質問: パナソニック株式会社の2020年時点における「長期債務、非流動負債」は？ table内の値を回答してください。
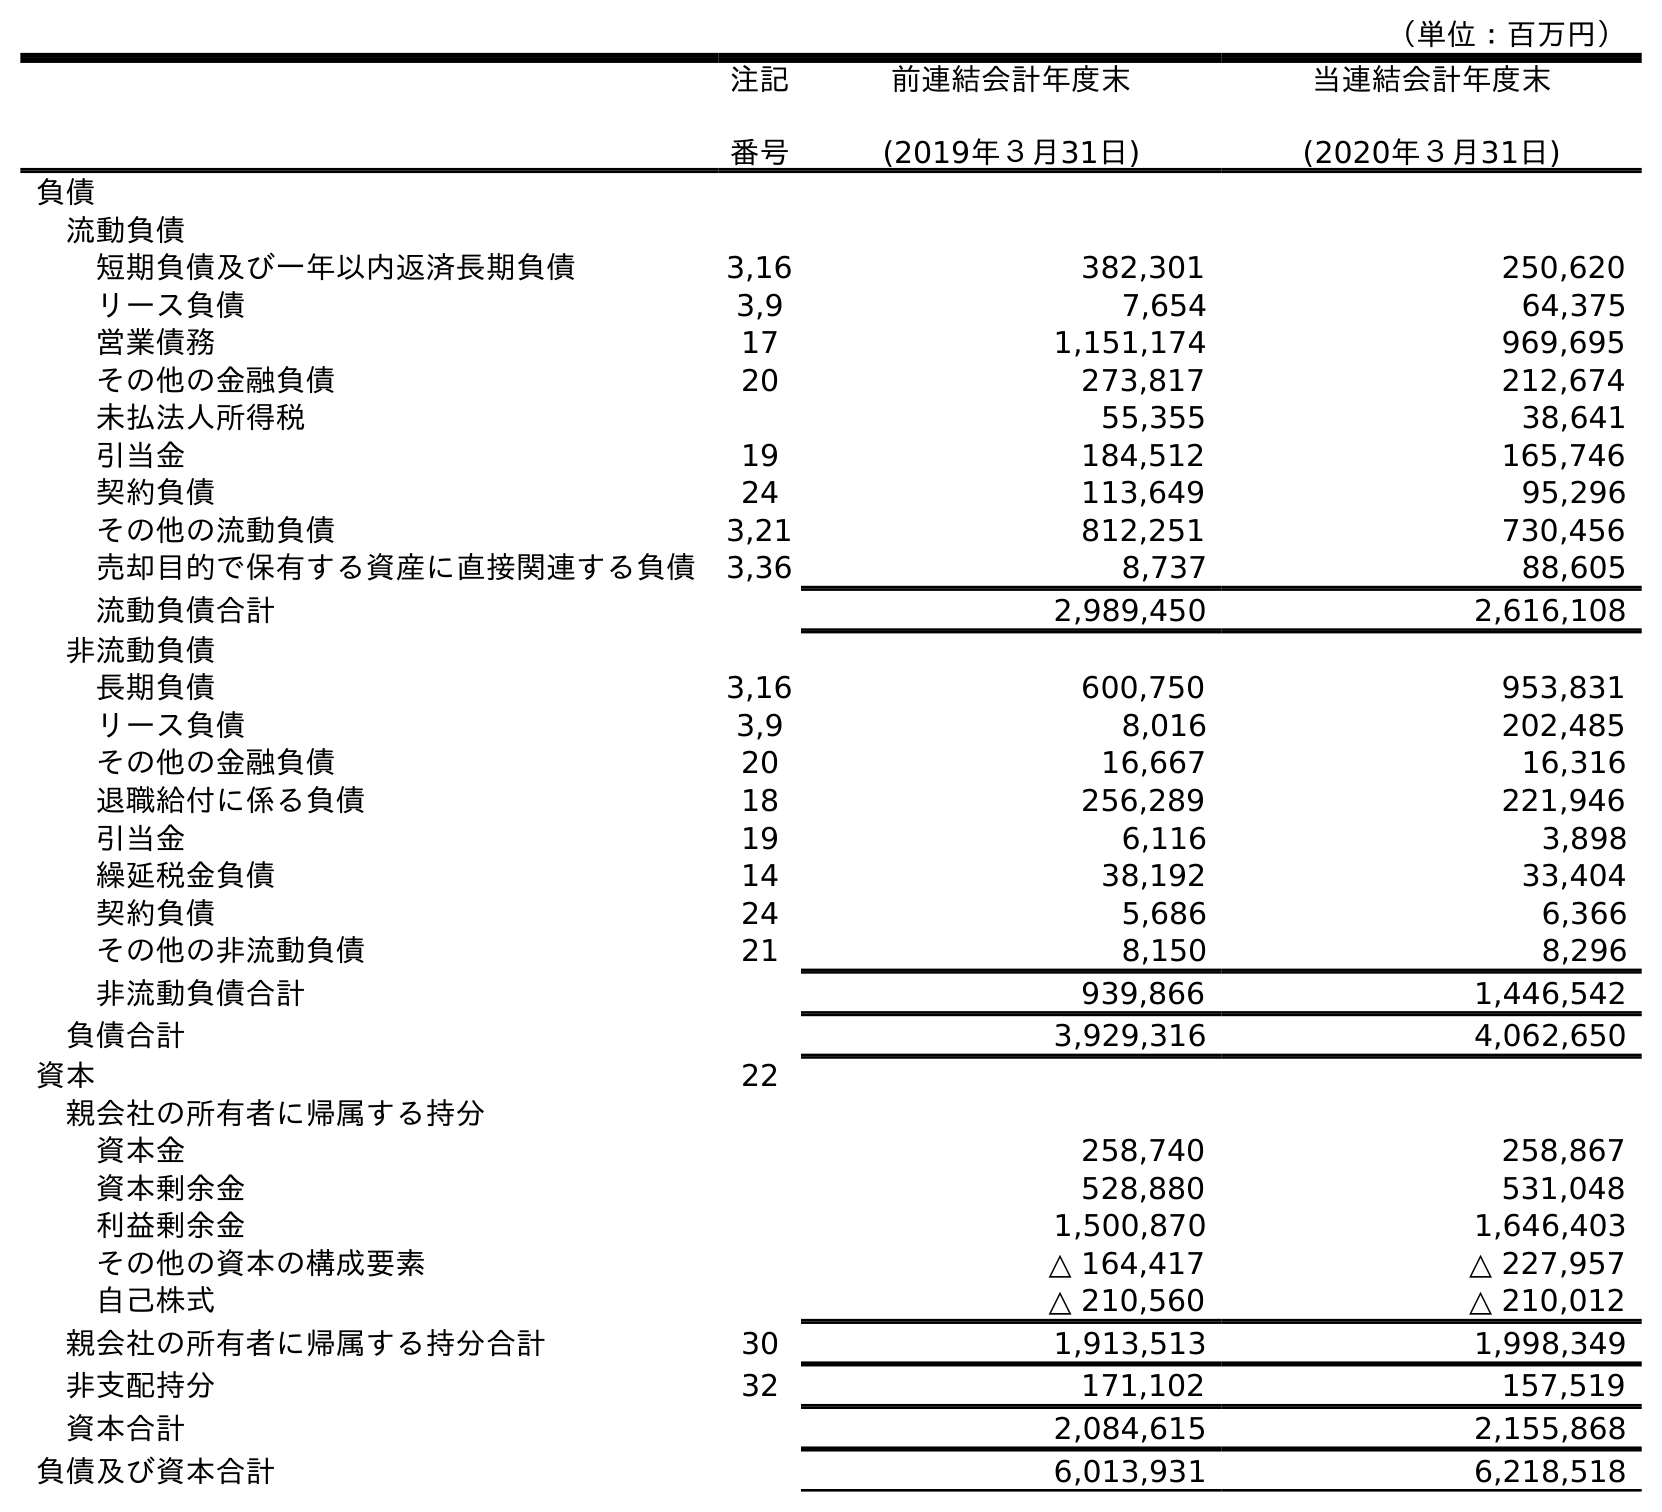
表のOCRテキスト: （単位：百万円） 注記 番号 前連結会計年度末 (2019年３月31日) 当連結会計年度末 (2020年３月31日) 負債 流動負債 短期負債及び一年以内返済長期負債 3,16 382,301 250,620 リース負債 3,9 7,654 64,375 営業債務 17 1,151,174 969,695 その他の金融負債 20 273,817 212,674 未払法人所得税 55,355 38,641 引当金 19 184,512 165,746 契約負債 24 113,649 95,296 その他の流動負債 3,21 812,251 730,456 売却目的で保有する資産に直接関連する負債 3,36 8,737 88,605 流動負債合計 2,989,450 2,616,108 非流動負債 長期負債 3,16 600,750 953,831 リース負債 3,9 8,016 202,485 その他の金融負債 20 16,667 16,316 退職給付に係る負債 18 256,289 221,946 引当金 19 6,116 3,898 繰延税金負債 14 38,192 33,404 契約負債 24 5,686 6,366 その他の非流動負債 21 8,150 8,296 非流動負債合計 939,866 1,446,542 負債合計 3,929,316 4,062,650 資本 22 親会社の所有者に帰属する持分 資本金 258,740 258,867 資本剰余金 528,880 531,048 利益剰余金 1,500,870 1,646,403 その他の資本の構成要素 △ 164,417 △ 227,957 自己株式 △ 210,560 △ 210,012 親会社の所有者に帰属する持分合計 30 1,913,513 1,998,349 非支配持分 32 171,102 157,519 資本合計 2,084,615 2,155,868 負債及び資本合計 6,013,931 6,218,518
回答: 953,831